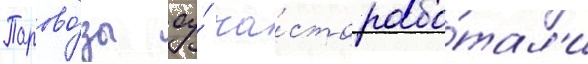
Парово́зы су́ ча́сто рабо́тал'и